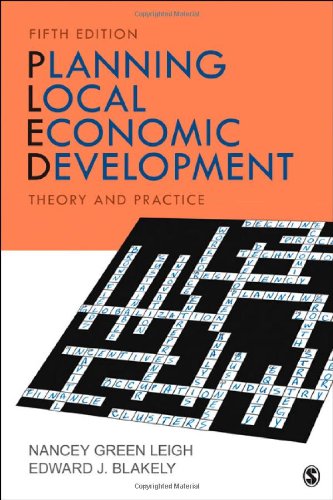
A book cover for Planning Local Economic Development: Theory and Practice; Nancey G. (Green) Leigh; Business & Money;